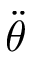
\ddot { \theta }